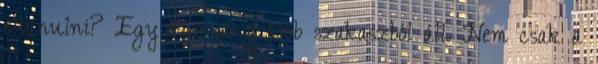
eltanulni? Egy kampány több szakaszból áll. Nem csak a